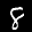
Label: 8